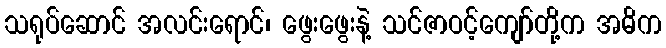
သရုပ်ဆောင် အလင်းရောင်၊ ဖွေးဖွေးနဲ့ သင်ဇာဝင့်ကျော်တို့က အဓိက